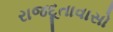
રાજદૂતાવાસો